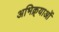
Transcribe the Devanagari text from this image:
अभिक्र्याओं